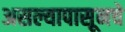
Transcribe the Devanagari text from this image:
असल्यापासूनचे